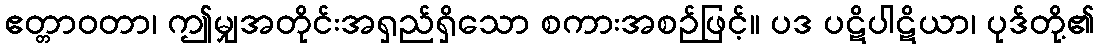
ဧတ္တာဝတာ၊ ဤမျှအတိုင်းအရှည်ရှိသော စကားအစဉ်ဖြင့်။ ပဒ ပဋိပါဋိယာ၊ ပုဒ်တို့၏